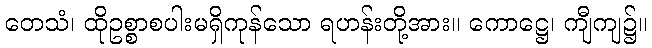
တေသံ၊ ထိုဥစ္စာစပါးမရှိကုန်သော ရဟန်းတို့အား။ ကောဋ္ဌေ၊ ကျီကျ၌။